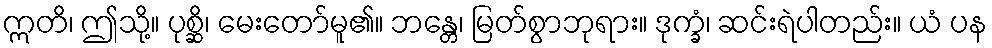
ဣတိ၊ ဤသို့။ ပုစ္ဆိ၊ မေးတော်မူ၏။ ဘန္တေ၊ မြတ်စွာဘုရား။ ဒုက္ခံ၊ ဆင်းရဲပါတည်း။ ယံ ပန